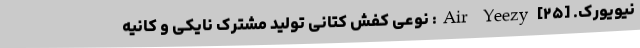
نیویورک. [۲۵] Air Yeezy: نوعی کفش کتانی تولید مشترک نایکی و کانیه